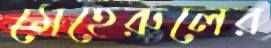
মেহেরুলের